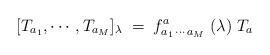
\begin{align*}[T_{a_1},\cdots,T_{a_M}]_\lambda\;=\;f_{a_1\, \cdots\, a_M}^a\;(\lambda)\;T_a\end{align*}